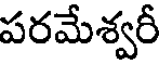
పరమేశ్వరీ